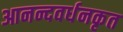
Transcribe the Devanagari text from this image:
आनन्दवर्धनकृत